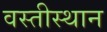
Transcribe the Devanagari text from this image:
वस्तीस्थान